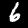
Label: 6